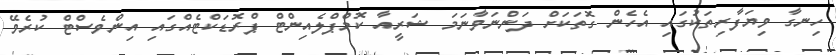
ހިނގާ ވިޔަފާރިތަކުގައި އެހެން ގޮތަކަށް ދަންނަވާނަމަ ޝަރީއާ ކޮމްޕްލެއިންޓް ޕްރޮޑަކްޓެއްގައި އިންވެސްޓް ކުރެވޭ